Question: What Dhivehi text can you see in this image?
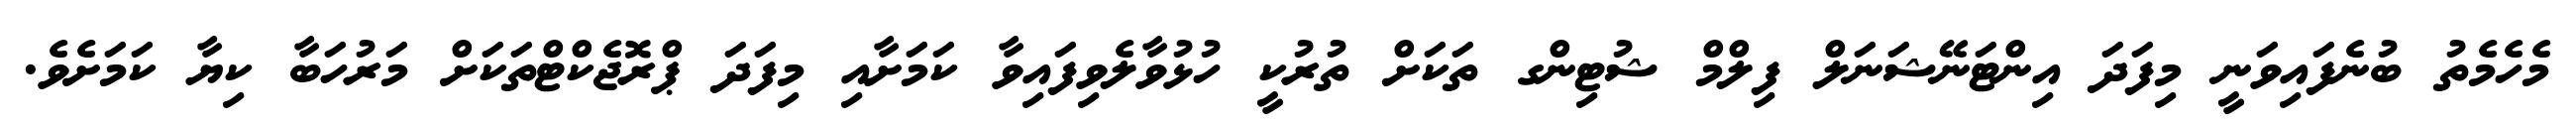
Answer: މެހެމެތު ބުނެފައިވަނީ މިފަދަ އިންޓަނޭޝަނަލް ފިލްމް ޝުޓިންގ ތަކަށް ތުރުކީ ހުޅުވާލެވިފައިވާ ކަމަށާއި މިފަދަ ޕްރޮޖެކްޓްތަކަށް މަރުހަބާ ކިޔާ ކަމަށެވެ.